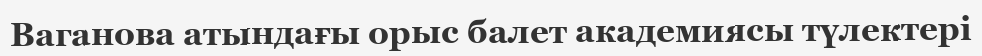
Ваганова атындағы орыс балет академиясы түлектері